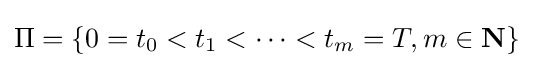
\Pi =\{0=t_{0}<t_{1}<\dots <t_{m}=T,m\in \mathbf {N} \}